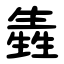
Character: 㽓